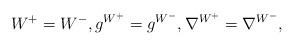
LaTeX: \begin{align*}W^+=W^-, g^{W^+}=g^{W^-}, \nabla^{W^+}=\nabla^{W^-},\end{align*}